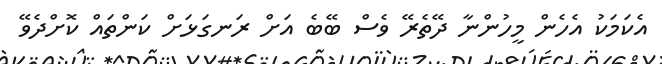
އެކަމަކު އެހެން މީހުންނާ ދޭތެރޭ ވެސް ބޭބެ އަށް ރަނގަޅަށް ކަންތައް ކޮށްދެވޭ